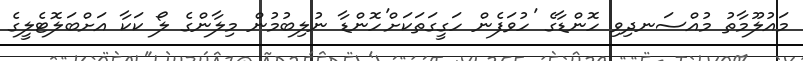
މައުލޫމާތު މުއްސަނދިވި ހޮންޑާގެ 'ހުވަފެން ހަގީގަތަކަށް'ހޮންޑާ ނުލިބުމުން މިލާންގެ ލޯ ކަކާ އަށްބަލޮޓެލީގެ